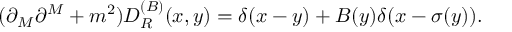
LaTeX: ( \partial _ { M } \partial ^ { M } + m ^ { 2 } ) D _ { R } ^ { ( B ) } ( x , y ) = \delta ( x - y ) + B ( y ) \delta ( x - \sigma ( y ) ) .